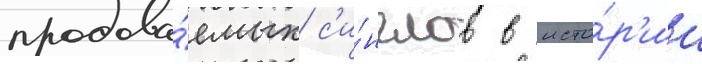
продава́емых с'и́нглов в исто́р'ии